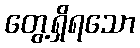
တွေ့ရှိရသော